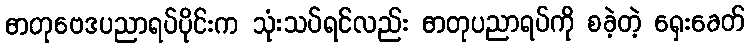
ဓာတုဗေဒပညာရပ်ပိုင်းက သုံးသပ်ရင်လည်း ဓာတုပညာရပ်ကို စခဲ့တဲ့ ရှေးခေတ်